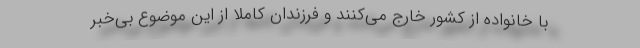
با خانواده از کشور خارج می‌کنند و فرزندان کاملا از این موضوع بی‌خبر